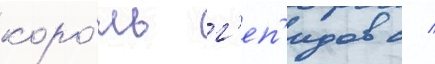
коро́ль г'еп'идов с /